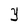
Character: Y